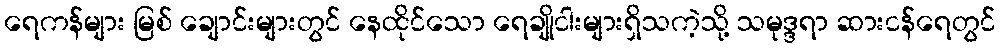
ရေကန်များ မြစ် ချောင်းများတွင် နေထိုင်သော ရေချိုငါးများရှိသကဲ့သို့ သမုဒ္ဒရာ ဆားငန်ရေတွင်